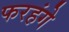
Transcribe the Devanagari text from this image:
फरहंगे